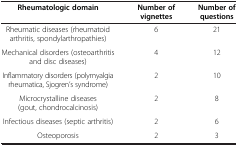
| Rheumatologic domain | Number of vignettes | Number of questions |
 | --- | --- | --- |
 | Rheumatic diseases (rheumatoid arthritis, spondylarthropathies) | 6 | 21 |
 | Mechanical disorders (osteoarthritis and disc diseases) | 4 | 12 |
 | Inflammatory disorders (polymyalgia rheumatica, Sjogren’s syndrome) | 2 | 10 |
 | Microcrystalline diseases (gout, chondrocalcinosis) | 2 | 8 |
 | Infectious diseases (septic arthritis) | 2 | 6 |
 | Osteoporosis | 2 | 3 |